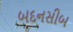
બદનસીબ